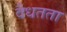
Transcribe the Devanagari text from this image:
वैधतता